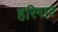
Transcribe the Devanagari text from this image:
हरिगाव